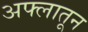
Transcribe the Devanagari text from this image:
अफ्लातून